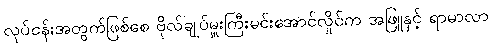
လုပ်ငန်းအတွက်ဖြစ်စေ ဗိုလ်ချုပ်မှူးကြီးမင်းအောင်လှိုင်က အဖြူနှင့် ရာမာလာ